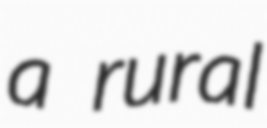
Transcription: a rural